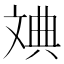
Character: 𪯦